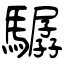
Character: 驏